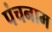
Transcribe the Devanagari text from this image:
पंचनाम